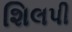
શિલપી